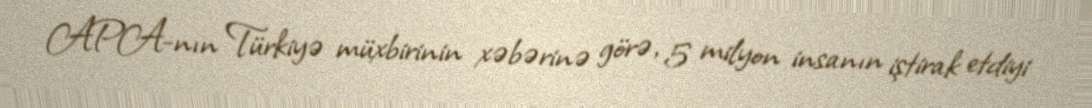
APA-nın Türkiyə müxbirinin xəbərinə görə, 5 milyon insanın iştirak etdiyi